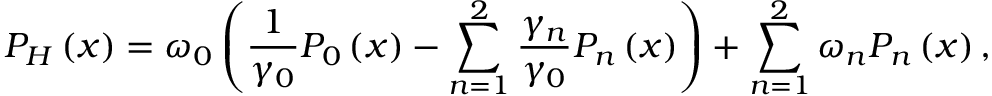
P _ { H } \left( x \right) = \omega _ { 0 } \left( \frac { 1 } { \gamma _ { 0 } } P _ { 0 } \left( x \right) - \sum _ { n = 1 } ^ { 2 } \frac { \gamma _ { n } } { \gamma _ { 0 } } P _ { n } \left( x \right) \right) + \sum _ { n = 1 } ^ { 2 } \omega _ { n } P _ { n } \left( x \right) ,